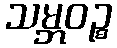
သမ္ဘဝဉ္စ